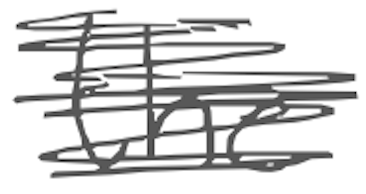
Text: the
Cross-out: scratch
Writing tool: digital_gray